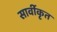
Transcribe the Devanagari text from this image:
सार्वीकृत